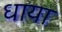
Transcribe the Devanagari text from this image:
धाया